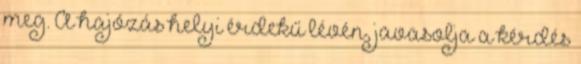
meg. A hajózás helyi érdekű lévén, javasolja a kérdés